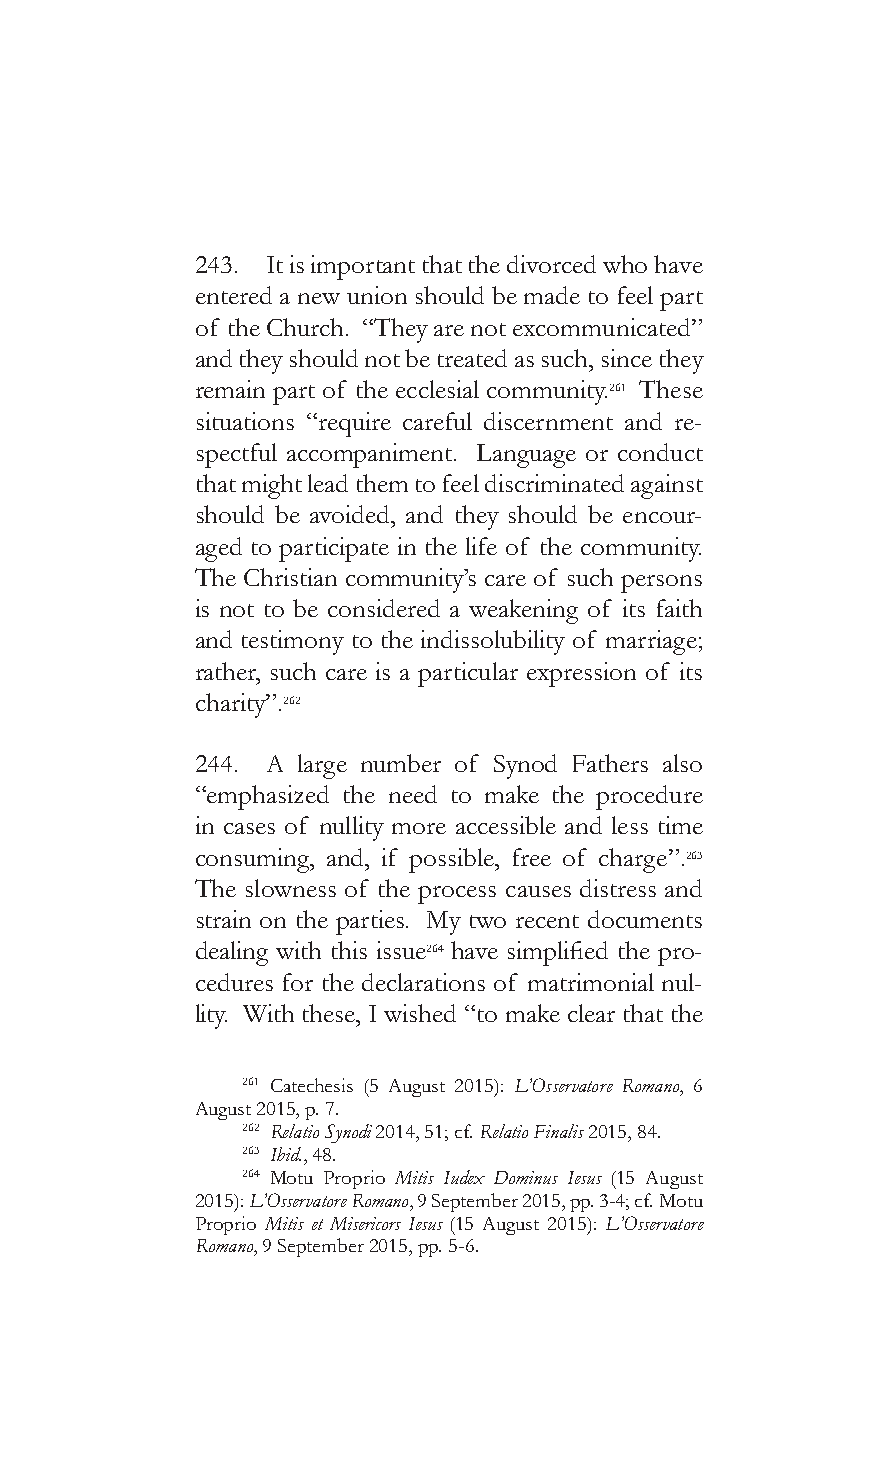
243. It is important that the divorced who have
 entered a new union should be made to feel part
 of the Church. “They are not excommunicated”
 and they should not be treated as such, since they
 remain part of the ecclesial community.261 These
 situations “require careful discernment and re-
 spectful accompaniment. Language or conduct
 that might lead them to feel discriminated against
 should be avoided, and they should be encour-
 aged to participate in the life of the community.
 The Christian community’s care of such persons
 is not to be considered a weakening of its faith
 and testimony to the indissolubility of marriage;
 rather, such care is a particular expression of its
 charity”.262
 244. A large number of Synod Fathers also
 “emphasized the need to make the procedure
 in cases of nullity more accessible and less time
 consuming, and, if possible, free of charge”.263
 The slowness of the process causes distress and
 strain on the parties. My two recent documents
 dealing with this issue264 have simplified the pro-
 cedures for the declarations of matrimonial nul-
 lity. With these, I wished “to make clear that the
 261 Catechesis (5 August 2015): L’Osservatore Romano, 6
 August 2015, p. 7.
 262 Relatio Synodi 2014, 51; cf. Relatio Finalis 2015, 84.
 263 Ibid., 48.
 264 Motu Proprio Mitis Iudex Dominus Iesus (15 August
 2015): L’Osservatore Romano, 9 September 2015, pp. 3-4; cf. Motu
 Proprio Mitis et Misericors Iesus (15 August 2015): L’Osservatore
 Romano, 9 September 2015, pp. 5-6.